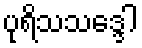
ပုရိသသဒ္ဒေါ